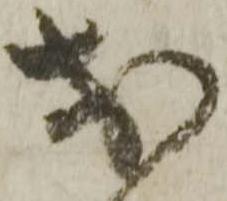
於